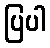
ပြပါ